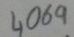
Text: 4069